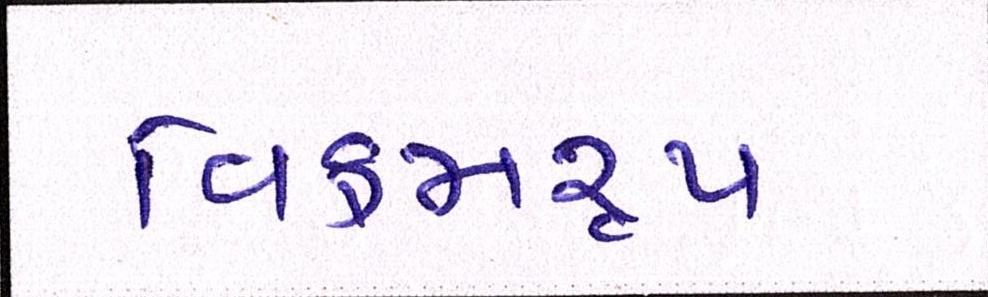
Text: વિક્રમરૃપ